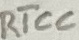
Text: RTCC